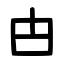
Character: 甴